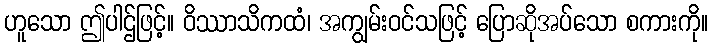
ဟူသော ဤပါဌ်ဖြင့်။ ဝိဿာသိကထံ၊ အကျွမ်းဝင်သဖြင့် ပြောဆိုအပ်သော စကားကို။